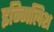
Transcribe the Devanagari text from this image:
इन्गिलिश